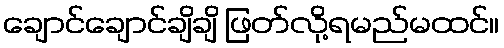
ချောင်ချောင်ချိချိ ဖြတ်လို့ရမည်မထင်။